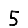
Digit: 5